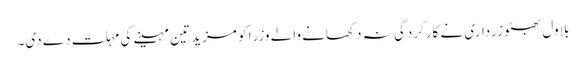
بلاول بھٹو زرداری نے کارکردگی نہ دکھانے والے وزرا کو مزید تین مہینے کی مہلت دے دی۔